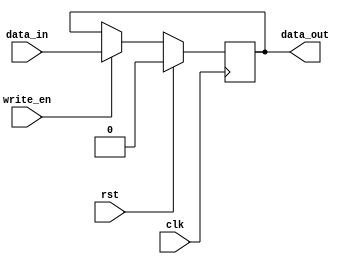
module Register_1bit (input clk, rst, write_en ,input data_in, output data_out);
    reg data;

    always @(posedge clk) begin
        if (rst)
            data <= 1'b0;
        else if (write_en)
            data <= data_in;
    end

    assign data_out = data;

endmodule